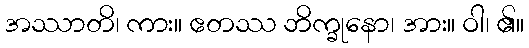
အဿာတိ၊ ကား။ ဧတဿ ဘိက္ခုနော၊ အား။ ဝါ၊ ၏။